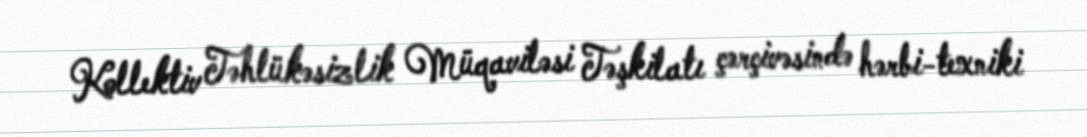
Kollektiv Təhlükəsizlik Müqaviləsi Təşkilatı çərçivəsində hərbi-texniki